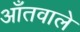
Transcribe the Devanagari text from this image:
आँतवाले